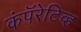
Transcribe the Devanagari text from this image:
कंपॅरेटिव्ह